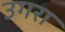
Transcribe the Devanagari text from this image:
उगरा